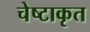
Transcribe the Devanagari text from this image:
चेष्टाकृत